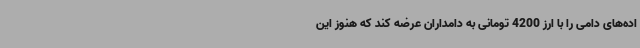
اده‌های دامی را با ارز 4200 تومانی به دامداران عرضه کند که هنوز این